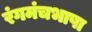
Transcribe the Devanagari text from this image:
रंगमंचभाषा